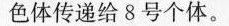
色体传递给8号个体。